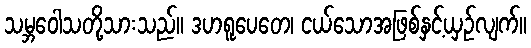
သမ္ဘဝေါသတို့သားသည်။ ဒဟရူပေတေ၊ ငယ်သောအဖြစ်နှင့်ယှဉ်လျက်။